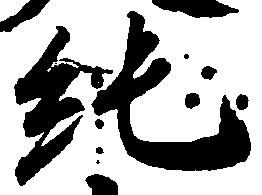
純